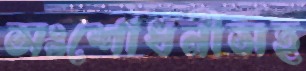
সংশোধনীসহ